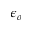
\epsilon _ { o }